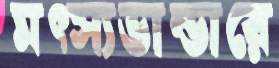
মত্স্যভান্ডারে